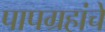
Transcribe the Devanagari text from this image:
पापग्रहांचे